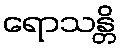
ရောသန္တိ